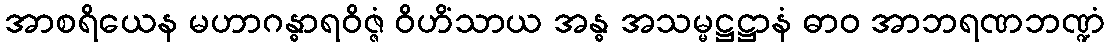
အာစရိယေန မဟာဂန္ဓာရဝိဇ္ဇံ ဝိဟိံသာယ အန္ဓ အသမ္မဋ္ဌဋ္ဌာနံ ဓာဝ အာဘရဏဘဏ္ဍံ